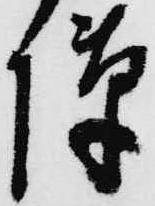
隙